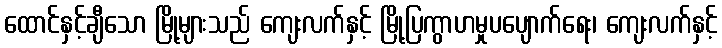
ထောင်နှင့်ချီသော မြို့များသည် ကျေးလက်နှင့် မြို့ပြကွာဟမှုပပျောက်ရေး၊ ကျေးလက်နှင့်